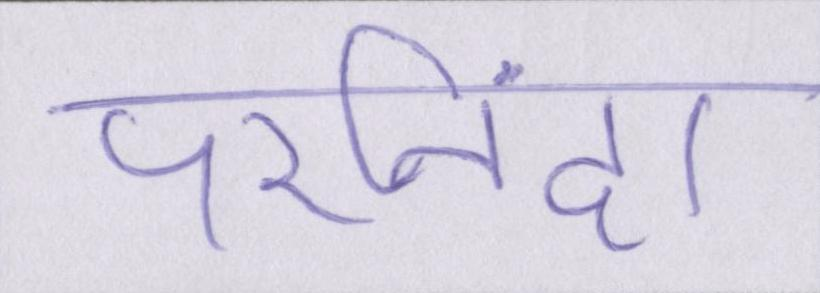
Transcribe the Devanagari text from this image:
परनिंदा